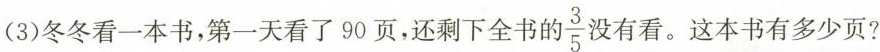
（3）冬冬看一本书，第一天看了90页，还剩下全书的\frac{3}{5}没有看。这本书有多少页？